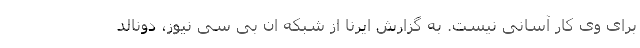
برای وی کار آسانی نیست. به گزارش ایرنا از شبکه ان بی سی نیوز، دونالد